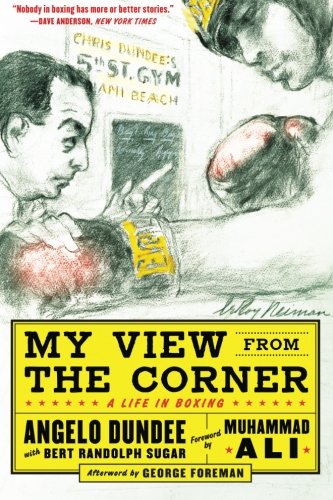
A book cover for My View from the Corner: A Life in Boxing; Angelo Dundee; Biographies & Memoirs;